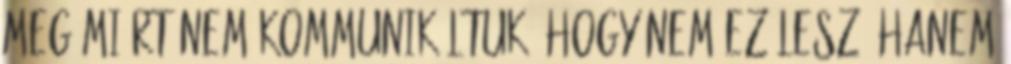
meg miért nem kommunikáltuk, hogy nem ez lesz, hanem